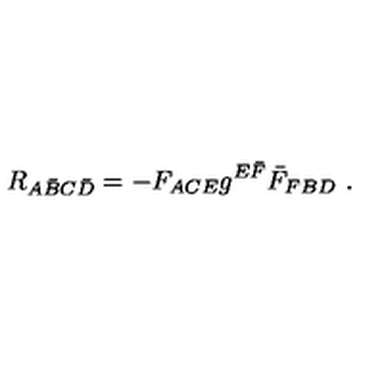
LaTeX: R _ { A \bar { B } C \bar { D } } = - F _ { A C E } g ^ { E \bar { F } } \bar { F } _ { F B D } \ .